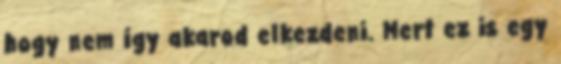
hogy nem így akarod elkezdeni. Mert ez is egy